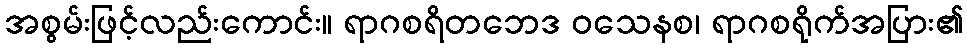
အစွမ်းဖြင့်လည်းကောင်း။ ရာဂစရိတဘေဒ ဝသေနစ၊ ရာဂစရိုက်အပြား၏